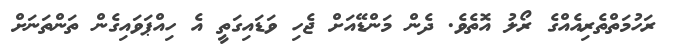
ރަހުމަތްތެރިއެއްގެ ރޯލު އޮތެވެ. ދެން މަންޑޭއަށް ޖެހި ވަޑައިގަތީ އެ ހިއްޕަވައިގެން ތަންތަނަށް